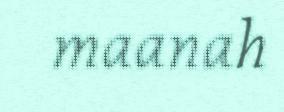
maanah